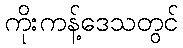
ကိုးကန့်ဒေသတွင်